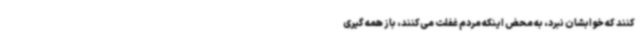
کنند که خوابشان نبرد، به محض اینکه مردم غفلت می‌کنند، باز همه گیری